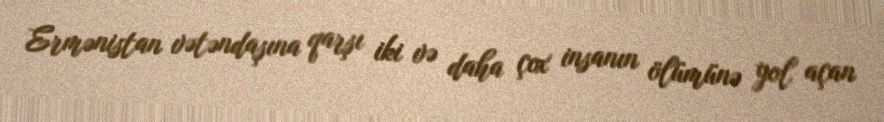
Ermənistan vətəndaşına qarşı iki və daha çox insanın ölümünə yol açan